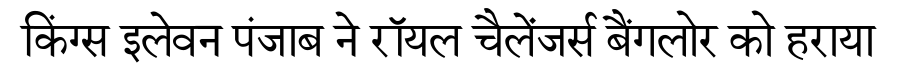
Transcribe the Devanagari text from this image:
किंग्स इलेवन पंजाब ने रॉयल चैलेंजर्स बैंगलोर को हराया